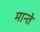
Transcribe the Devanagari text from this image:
मान्ते